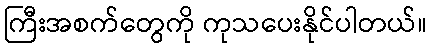
ကြီးအစက်တွေကို ကုသပေးနိုင်ပါတယ်။